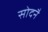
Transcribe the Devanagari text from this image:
सोदनै